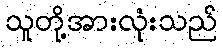
သူတို့အားလုံးသည်